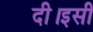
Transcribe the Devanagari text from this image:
दी।इसी